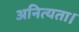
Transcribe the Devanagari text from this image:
अनित्यता।